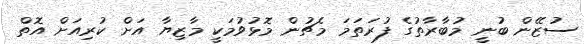
ސުޒޭން ބުނީ މުބާރާތުގެ ފުރަަތަމަ މެޗުން މޮޅުވުމަކީ މާޒިޔާ އަށް ކުރިއަށް އޮތް